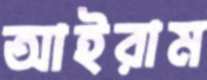
আইরাম